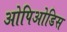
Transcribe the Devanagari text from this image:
ओपिओडिस